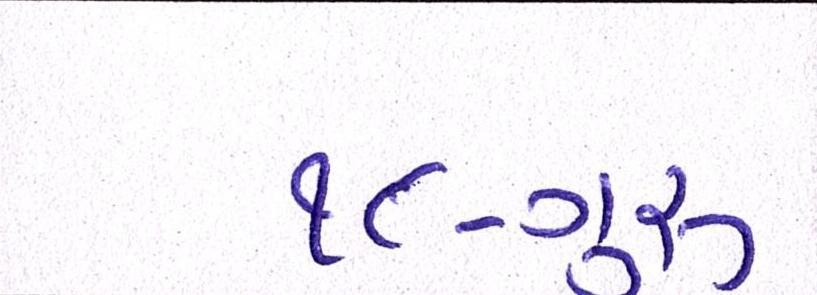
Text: ૧૮-ગુરૂ